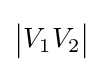
{\bigl |}V_{1}V_{2}{\bigr |}